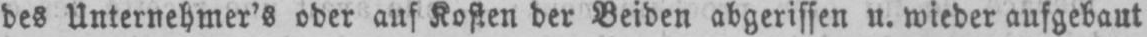
des Unternehmer’s oder auf Kosten der Beiden abgerissen u. wieder aufgebaut